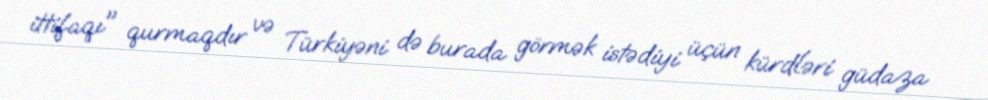
ittifaqı" qurmaqdır və Türkiyəni də burada görmək istədiyi üçün kürdləri güdaza